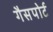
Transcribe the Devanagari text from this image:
गैसपोर्ट